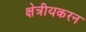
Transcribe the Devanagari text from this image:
क्षेत्रीयकरन